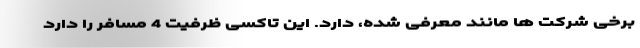
برخی شرکت ها مانند معرفی شده، دارد. این تاکسی ظرفیت 4 مسافر را دارد